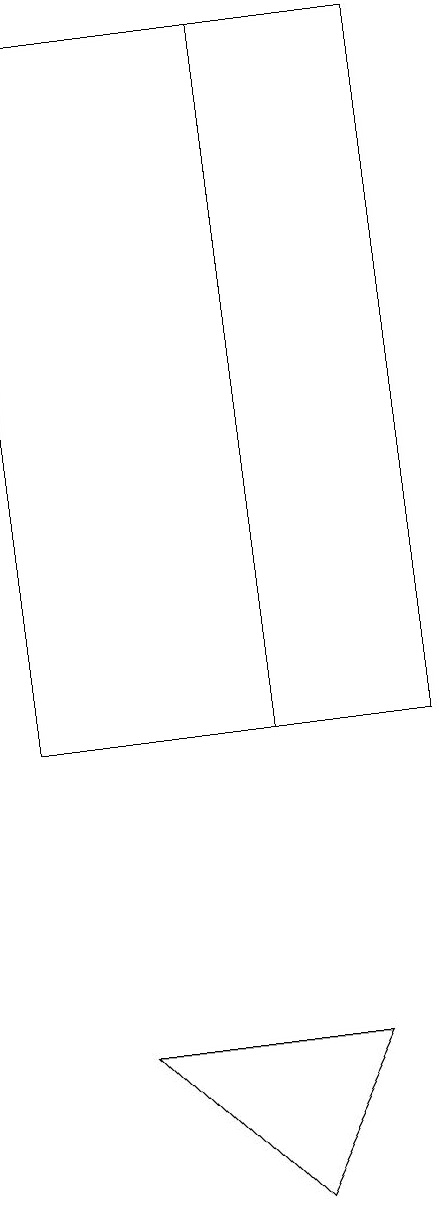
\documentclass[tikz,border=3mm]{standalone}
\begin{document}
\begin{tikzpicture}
\draw (7,19) rectangle (4,10);
\draw (8,6) -- (5,6) -- (7,4) -- cycle;
\draw (4,19) rectangle (9,10);
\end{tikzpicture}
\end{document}